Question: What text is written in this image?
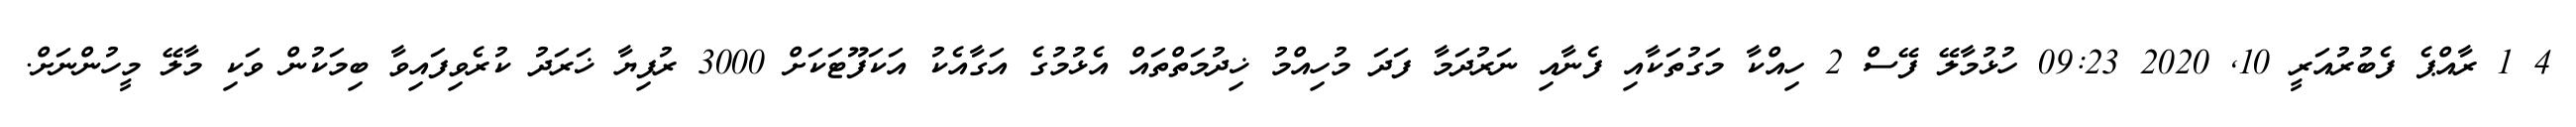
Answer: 4 1 ރާއްޕެ ފެބުރުއަރީ 10, 2020 09:23 ހުޅުމާލޭ ފޭސް 2 ހިއްކާ މަގުތަކާއި ފެނާއި ނަރުދަމާ ފަދަ މުހިއްމު ޚިދުމަތްތައް އެޅުމުގެ އަގާއެކު އަކަފޫޓަކަށް 3000 ރުފިޔާ ޚަރަދު ކުރެވިފައިވާ ބިމަކުން ވަކި މާލޭ މީހުންނަށް.